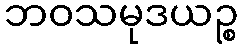
ဘဝသမုဒယဉ္စ